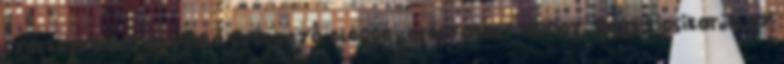
szerkesztővé átvedlő szervező eléggé „erőszakos” ahhoz, hogy kicsikarja az